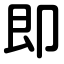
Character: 即